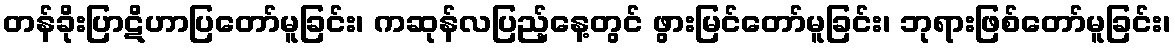
တန်ခိုးပြာဋိဟာပြတော်မူခြင်း၊ ကဆုန်လပြည့်နေ့တွင် ဖွားမြင်တော်မူခြင်း၊ ဘုရားဖြစ်တော်မူခြင်း၊